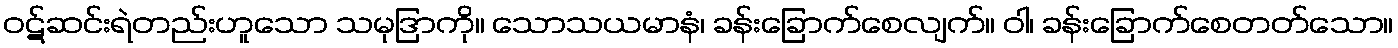
ဝဋ်ဆင်းရဲတည်းဟူသော သမုဒြာကို။ သောသယမာနံ၊ ခန်းခြောက်စေလျက်။ ဝါ၊ ခန်းခြောက်စေတတ်သော။